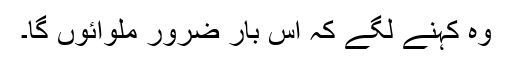
وہ کہنے لگے کہ اِس بار ضرور ملوائوں گا۔